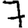
Digit: 7